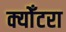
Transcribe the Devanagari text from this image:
क्योँटरा